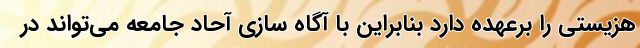
هزیستی را برعهده دارد بنابراین با آگاه سازی آحاد جامعه می‌تواند در